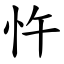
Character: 忤